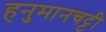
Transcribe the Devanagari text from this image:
हनुमानचट्टी